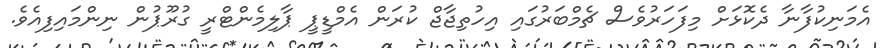
އެމަނިކުފާނާ ދެކޮޅަށް މިފަހަރުވެސް ޗެމްބަރުގައި އިހުތިޖާޖް ކުރަން އެމްޑީޕީ ޕާލިމެންޓްރީ ގުރޫޕުން ނިންމައިފިއެވެ.